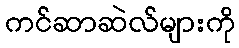
ကင်ဆာဆဲလ်များကို